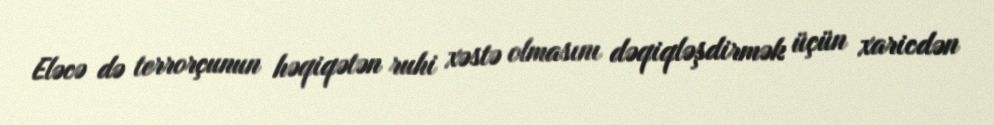
Eləcə də terrorçunun həqiqətən ruhi xəstə olmasını dəqiqləşdirmək üçün xaricdən